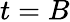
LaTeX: t=B